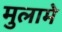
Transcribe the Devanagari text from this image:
मुलामे